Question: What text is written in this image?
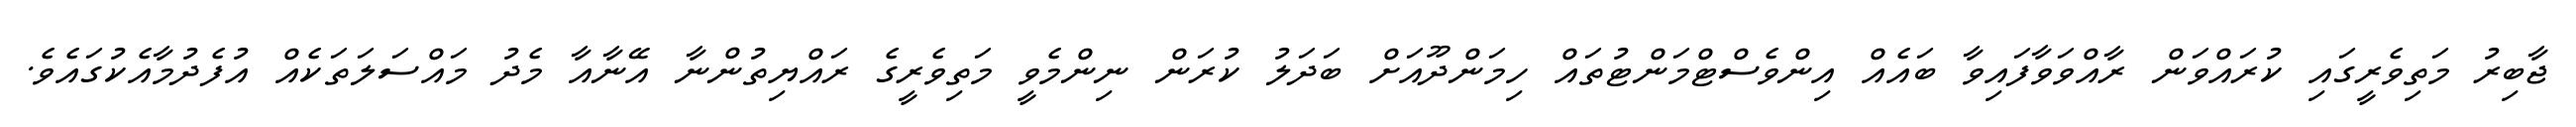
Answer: ޖާބިރު މަތިވެރީގައި ކުރައްވަން ރާއްވަވާފައިވާ ބައެއް އިންވެސްޓްމަންޓުތައް ހިމަންދޫއަށް ބަދަލު ކުރަން ނިންމެވީ މަތިވެރީގެ ރައްޔިތުންނާ އޭނާއާ މެދު މައްސަލަތަކެއް އުފެދުމާއެކުގައެވެ.